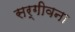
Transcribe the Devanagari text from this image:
सर्गीवना